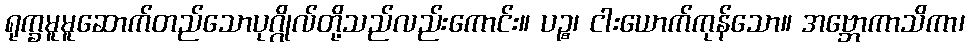
ရုက္ခမူမူဆောက်တည်သောပုဂ္ဂိုလ်တို့သည်လည်းကောင်း။ ပဉ္စ၊ ငါးယောက်ကုန်သော။ အဗ္ဘောကာသိကာ၊